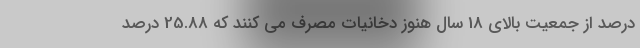
درصد از جمعیت بالای 18 سال هنوز دخانیات مصرف می کنند که 25.88 درصد